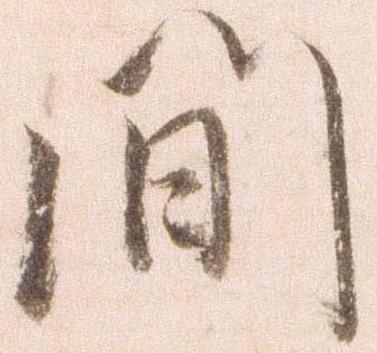
間